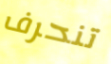
تنحرف